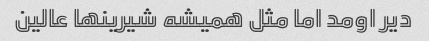
دیر اومد اما مثل همیشه شیرینها عالین